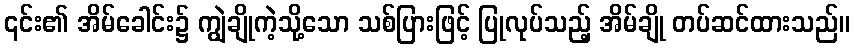
၎င်း၏ အိမ်ခေါင်း၌ ကျွဲချိုကဲ့သို့သော သစ်ပြားဖြင့် ပြုလုပ်သည့် အိမ်ချို တပ်ဆင်ထားသည်။